Calcutta medical institutions reports 1879-81 [i.e.91]
Year: 1879
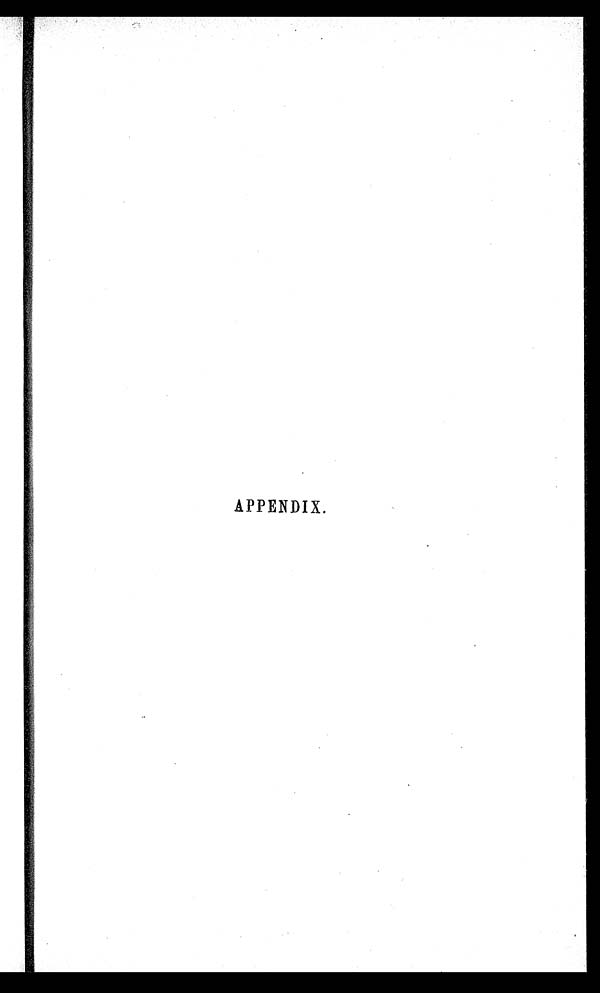
APPENDIX.